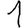
Digit: 1